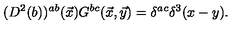
( D ^ { 2 } ( b ) ) ^ { a b } ( { \vec { x } } ) G ^ { b c } ( \vec { x } , \vec { y } ) = \delta ^ { a c } \delta ^ { 3 } ( x - y ) .